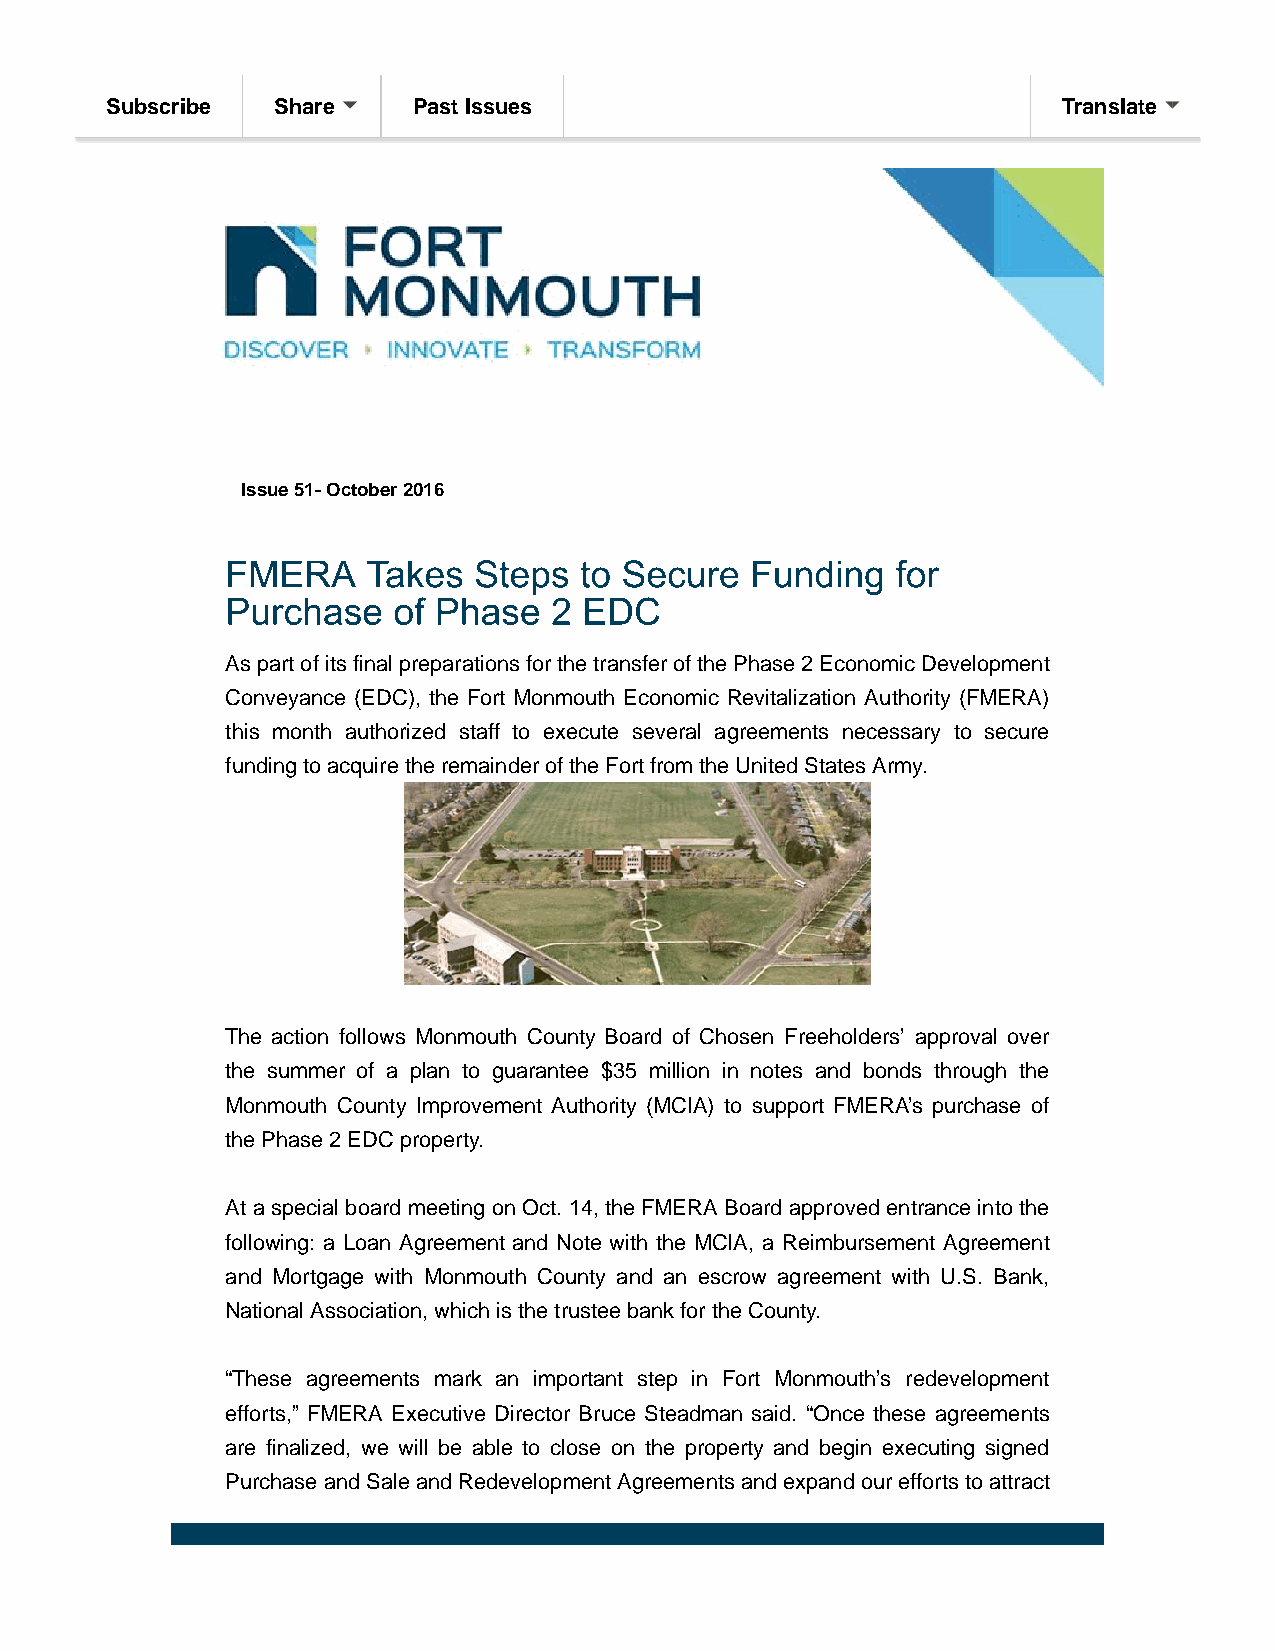
Subscribe  Share    Past Issues                                Translate
 Issue 51- October 2016
 As part of its final preparations for the transfer of the Phase 2 Economic Development
 Conveyance (EDC), the Fort Monmouth Economic Revitalization Authority (FMERA)
 this month authorized staff to execute several agreements necessary to secure
 funding to acquire the remainder of the Fort from the United States Army.
 The action follows Monmouth County Board of Chosen Freeholders’ approval over
 the summer of a plan to guarantee $35 million in notes and bonds through the
 Monmouth County Improvement Authority (MCIA) to support FMERA’s purchase of
 the Phase 2 EDC property.
 At a special board meeting on Oct. 14, the FMERA Board approved entrance into the
 following: a Loan Agreement and Note with the MCIA, a Reimbursement Agreement
 and Mortgage with Monmouth County and an escrow agreement with U.S. Bank,
 National Association, which is the trustee bank for the County.
 “These agreements mark an important step in Fort Monmouth’s redevelopment
 efforts,” FMERA Executive Director Bruce Steadman said. “Once these agreements
 are finalized, we will be able to close on the property and begin executing signed
 Purchase and Sale and Redevelopment Agreements and expand our efforts to attract